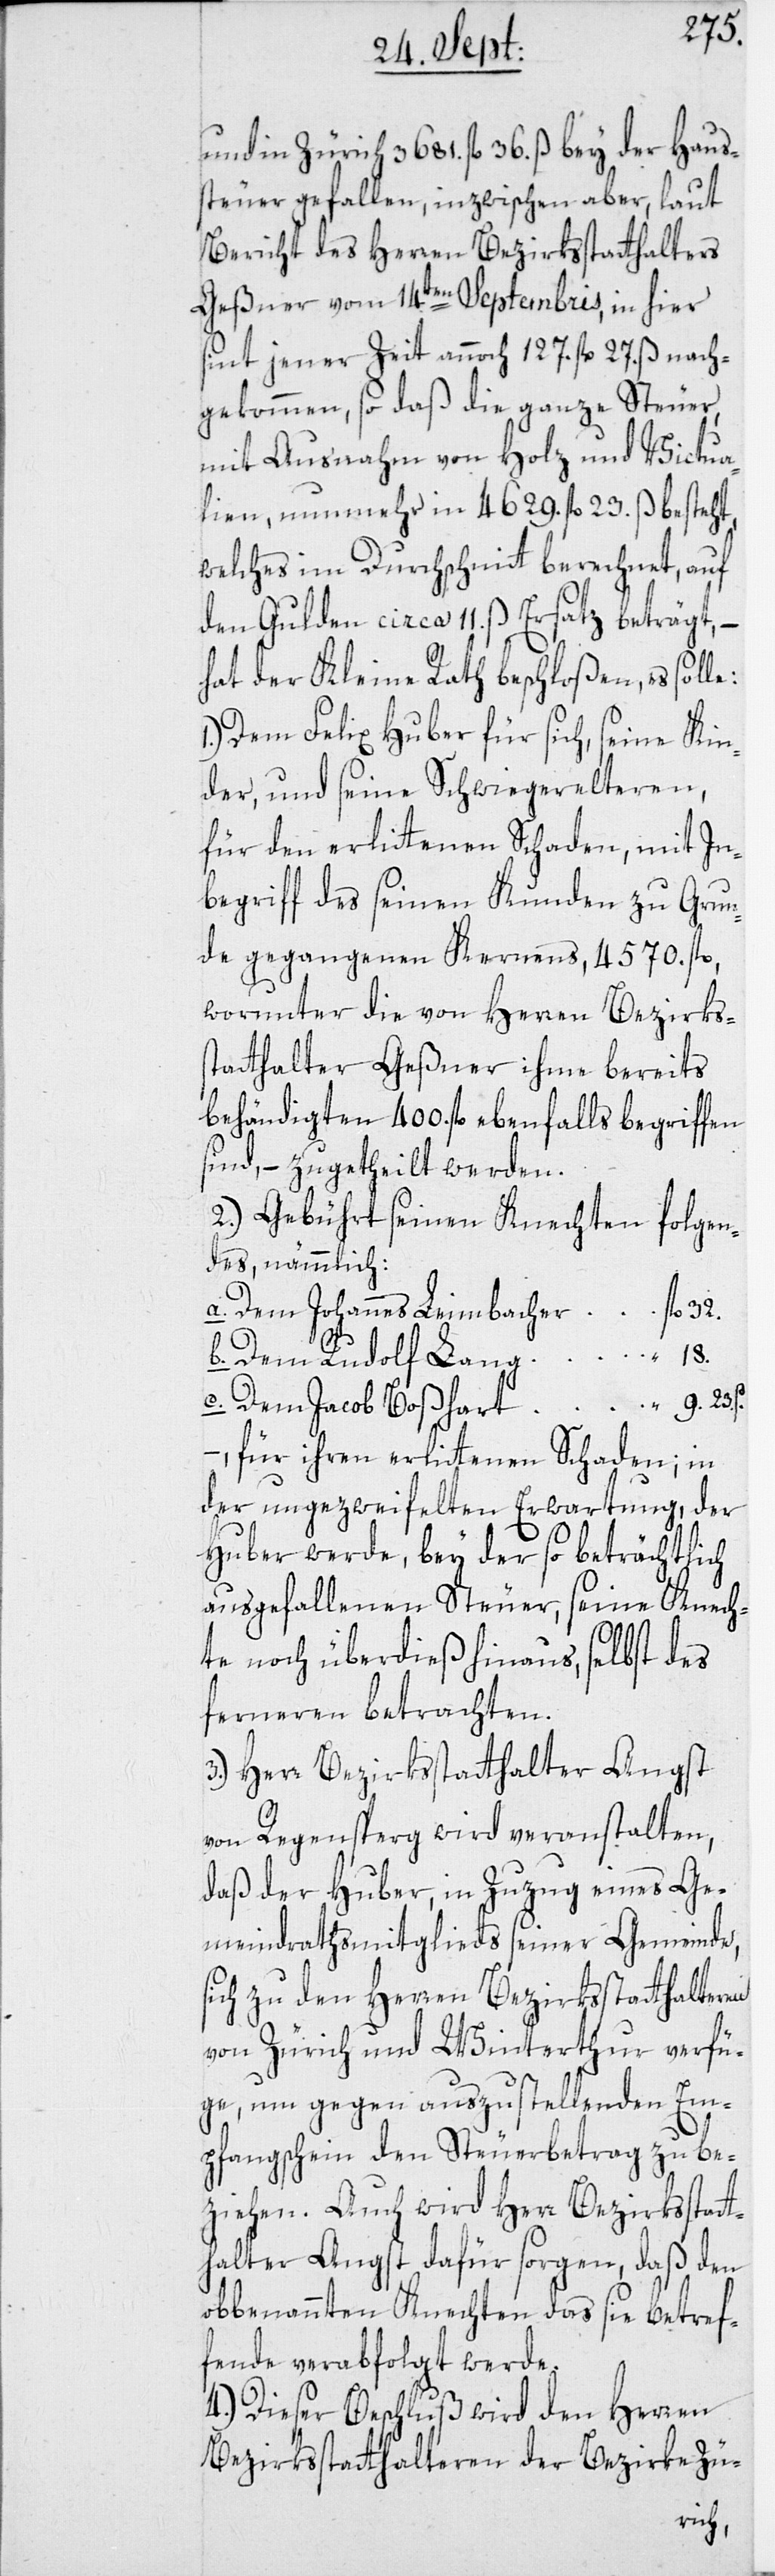
und in Zürich 3681. fl. 36. ß bey der Haus¬
steuer gefallen, inzwischen aber, laut
Bericht des Herren Bezirksstatthalters
Geßner vom 14ten Septembris, in hier
sint jener Zeit annoch 127. fl. 27. ß nach¬
gekommen, so daß die ganze Steuer,
mit Ausnahme von Holz und Victua¬
lien, nunmehr in 4629. fl. 23. ß besteht,
welches im Durchschnitt berechnet, auf
den Gulden circa 11. ß Ersatz beträgt,
hat der Kleine Rath beschloßen, es solle:
1.) Dem Felix Huber für sich, seine Kin¬
der, und seine Schwiegerelteren,
für den erlittenen Schaden, mit In¬
begriff des seinen Kunden zu Grun¬
de gegangenen Kernens, 4570. fl.,
worunter die von Herren Bezirkss¬
tatthalter Geßner ihme bereits
behändigten 400. fl. ebenfalls begriffen
sind, – zugetheilt werden.
2.) Gebührt seinen Knechten folgen¬
des, nämmlich:
a. Dem Johannes Leimbacher fl. 32.
b. Dem Rudolf Lang “ 18.
c. Dem Jacob Boßhart “ 9. 23. s.
– für ihren erlittenen Schaden; in
der ungezweifelten Erwartung, der
Huber werde, bey der so beträchtlich
ausgefallenen Steuer, seine Knech¬
te noch überdieß hinaus, selbst des
ferneren betrachten.
3.) Herr Bezirksstatthalter Angst
von Regensperg wird veranstalten,
daß der Huber, in Zuzug eines Ge¬
meindrathsmitglieds seiner Gemeinde,
sich zu den Herren Bezirksstatthalteren
von Zürich und Winterthur verfü¬
ge, um gegen auszustellenden Em¬
pfangsschein den Steuerbetrag zu be¬
ziehen. Auch wird Herr Bezirksstatt¬
halter Angst dafür sorgen, daß den
obbenannten Knechten das sie Betref¬
fende verabfolgt werde.
4.) Dieser Beschluß wird den Herren
Bezirksstatthalteren der Bezirke Zü-